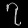
Digit: ၇